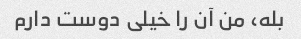
بله، من آن را خیلی دوست دارم